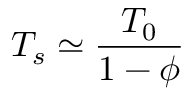
T _ { s } \simeq \frac { T _ { 0 } } { 1 - { \phi } }